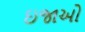
ઇજાઓ